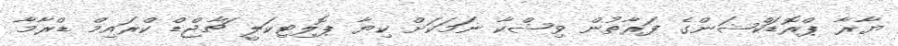
ޔާރާ ޕްރޮޑަކްޝަންގެ ފަރާތުން ވިޝްކާ ނަމަކަށް ކިޔާ ޕޮލިޓިކަލީ ޗާޖްޑް ކްރައިމް ޑްރާމާ